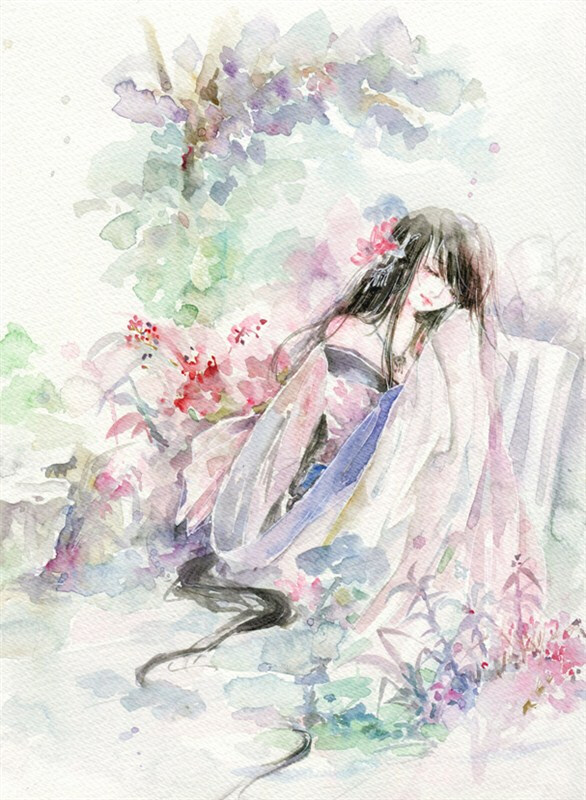
骊山语罢清宵半，泪雨霖铃终不怨。